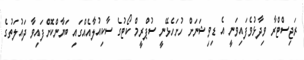
ރަޖިސްޓްރާ ވިދާޅުވެފައިވަނީ އެ ޑިވިޝަނަށް ހުށަހެޅޭނީ ސުޕްރީމް ކޯޓުގެ ސާކިއުލާއެއްގައި ބަޔާންކޮށްފައިވާ ދައުލަތުގެ